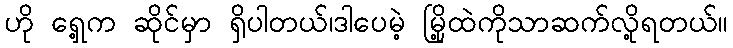
ဟို ရှေ့က ဆိုင်မှာ ရှိပါတယ်၊ဒါပေမဲ့ မြို့ထဲကိုသာဆက်လို့ရတယ်။